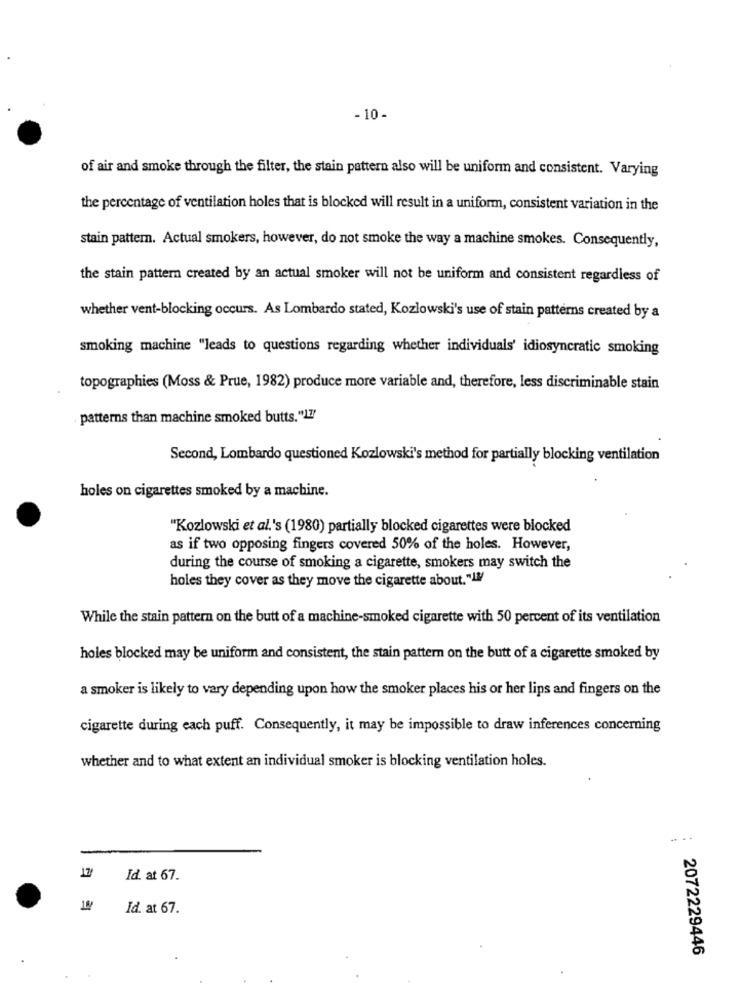
-10-
of air and smoke through the filter, the stain pattern also will be uniform and consistent. Varying
the percentage of ventilation holes that is blocked will result in a uniform, consistent variation in the
stain pattern. Actual smokers, however, do not smoke the way a machine smokes. Consequently,
the stain pattern created by an actual smoker will not be uniform and consistent regardless of
whether vent-blocking occurs. As Lombardo stated, Kozlowski's use of stain patterns created by a
smoking machine "leads to questions regarding whether individuals' idiosyncratic smoking
topographies (Moss & Prue, 1982) produce more variable and, therefore, less discriminable stain
patterns than machine smoked butts."17"
Second, Lombardo questioned Kozlowski's method for partially blocking ventilation
holes on cigarettes smoked by a machine.
"Kozlowski et al.'s (1980) partially blocked cigarettes were blocked
as if two opposing fingers covered 50% of the holes. However,
during the course of smoking a cigarette, smokers may switch the
holes they cover as they move the cigarette about."IM
While the stain pattern on the butt of a machine-smoked cigarette with 50 percent of its ventilation
holes blocked may be uniform and consistent, the stain pattern on the butt of a cigarette smoked by
a smoker is likely to vary depending upon how the smoker places his or her lips and fingers on the
cigarette during each puff. Consequently, it may be impossible to draw inferences concerning
whether and to what extent an individual smoker is blocking ventilation holes.
179
Id. at 67.
Id. at 67.
2072229446